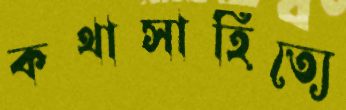
কথাসাহিত্যে